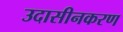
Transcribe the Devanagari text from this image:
उदासीनकरण